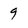
Character: 9